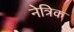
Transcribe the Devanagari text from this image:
नेत्रिक